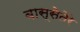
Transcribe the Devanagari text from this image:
बास्सेतेरे